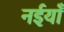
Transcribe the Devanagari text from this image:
नईयाँ